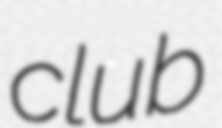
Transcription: club